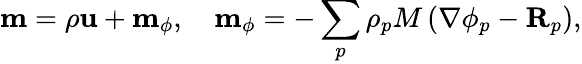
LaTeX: \mathbf{m}=\rho\mathbf{u}+\mathbf{m}_{\phi},\quad\mathbf{m}_{\phi}=-\sum_{p}\rho_{p}M\left(\nabla\phi_{p}-\mathbf{R}_{p}\right),